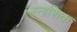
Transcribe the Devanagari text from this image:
रनाशिक